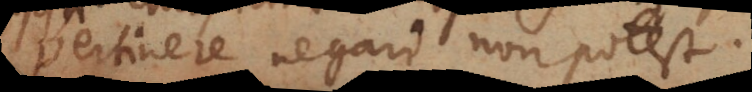
pertinere negari non potest.